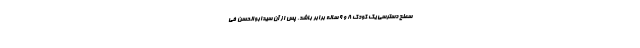
سطح دسترسی یک کودک ۸ و ۹ ساله برابر باشد. پس از آن سیدابوالحسن فی